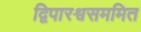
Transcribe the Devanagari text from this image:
द्विपारश्वसममित